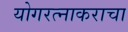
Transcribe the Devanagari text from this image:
योगरत्नाकराचा